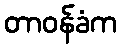
တာဝန်ခံက